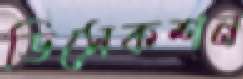
ডিসেকশন